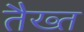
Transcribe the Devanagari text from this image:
तैख्त